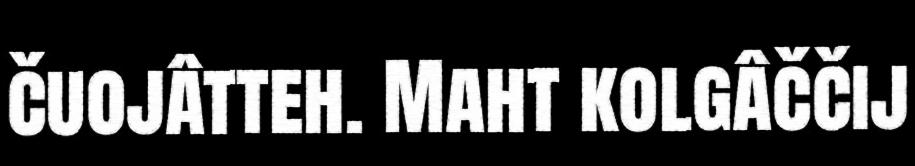
čuojâtteh. Maht kolgâččij